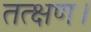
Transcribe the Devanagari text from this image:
तत्क्षण।